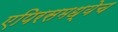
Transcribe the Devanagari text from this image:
एपिरसमध्येच